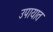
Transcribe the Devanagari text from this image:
उपायात